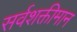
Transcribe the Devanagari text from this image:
सर्वशक्तीमान